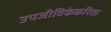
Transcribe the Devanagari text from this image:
उपजीविकेकरिता